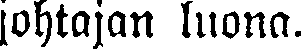
johtajan luona.